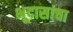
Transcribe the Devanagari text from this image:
भूदासांचा